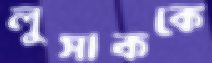
লুসাককে